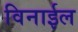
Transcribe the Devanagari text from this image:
विनाईल